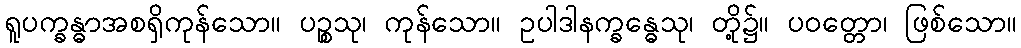
ရူပက္ခန္ဓာအစရှိကုန်သော။ ပဉ္စသု၊ ကုန်သော။ ဥပါဒါနက္ခန္ဓေသု၊ တို့၌။ ပဝတ္တော၊ ဖြစ်သော။